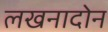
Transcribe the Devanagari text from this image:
लखनादोन